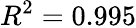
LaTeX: R^{2}=0.995